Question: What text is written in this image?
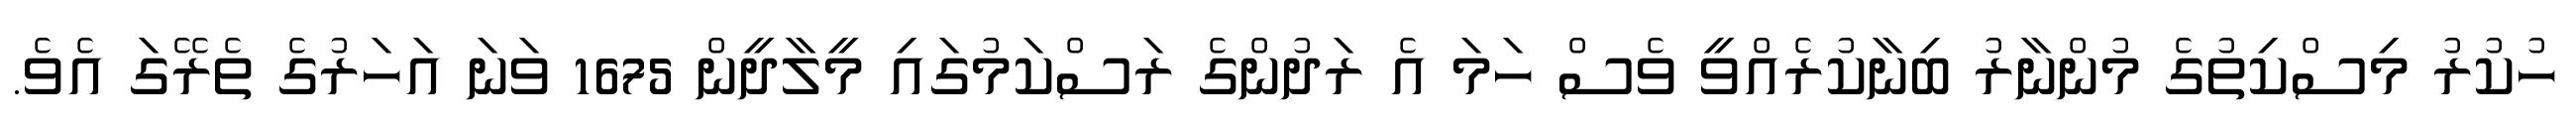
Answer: ހުކުރު މިސްކިތުގެ މުންނާރު ބިނާކުރެއްވީ ވެސް ހަމަ އެ ރަދުންގެ ރަސްކަމުގައި މީލާދީން 1675 ވަނަ އަހަރުގެ ތެރޭގަ އެވެ.